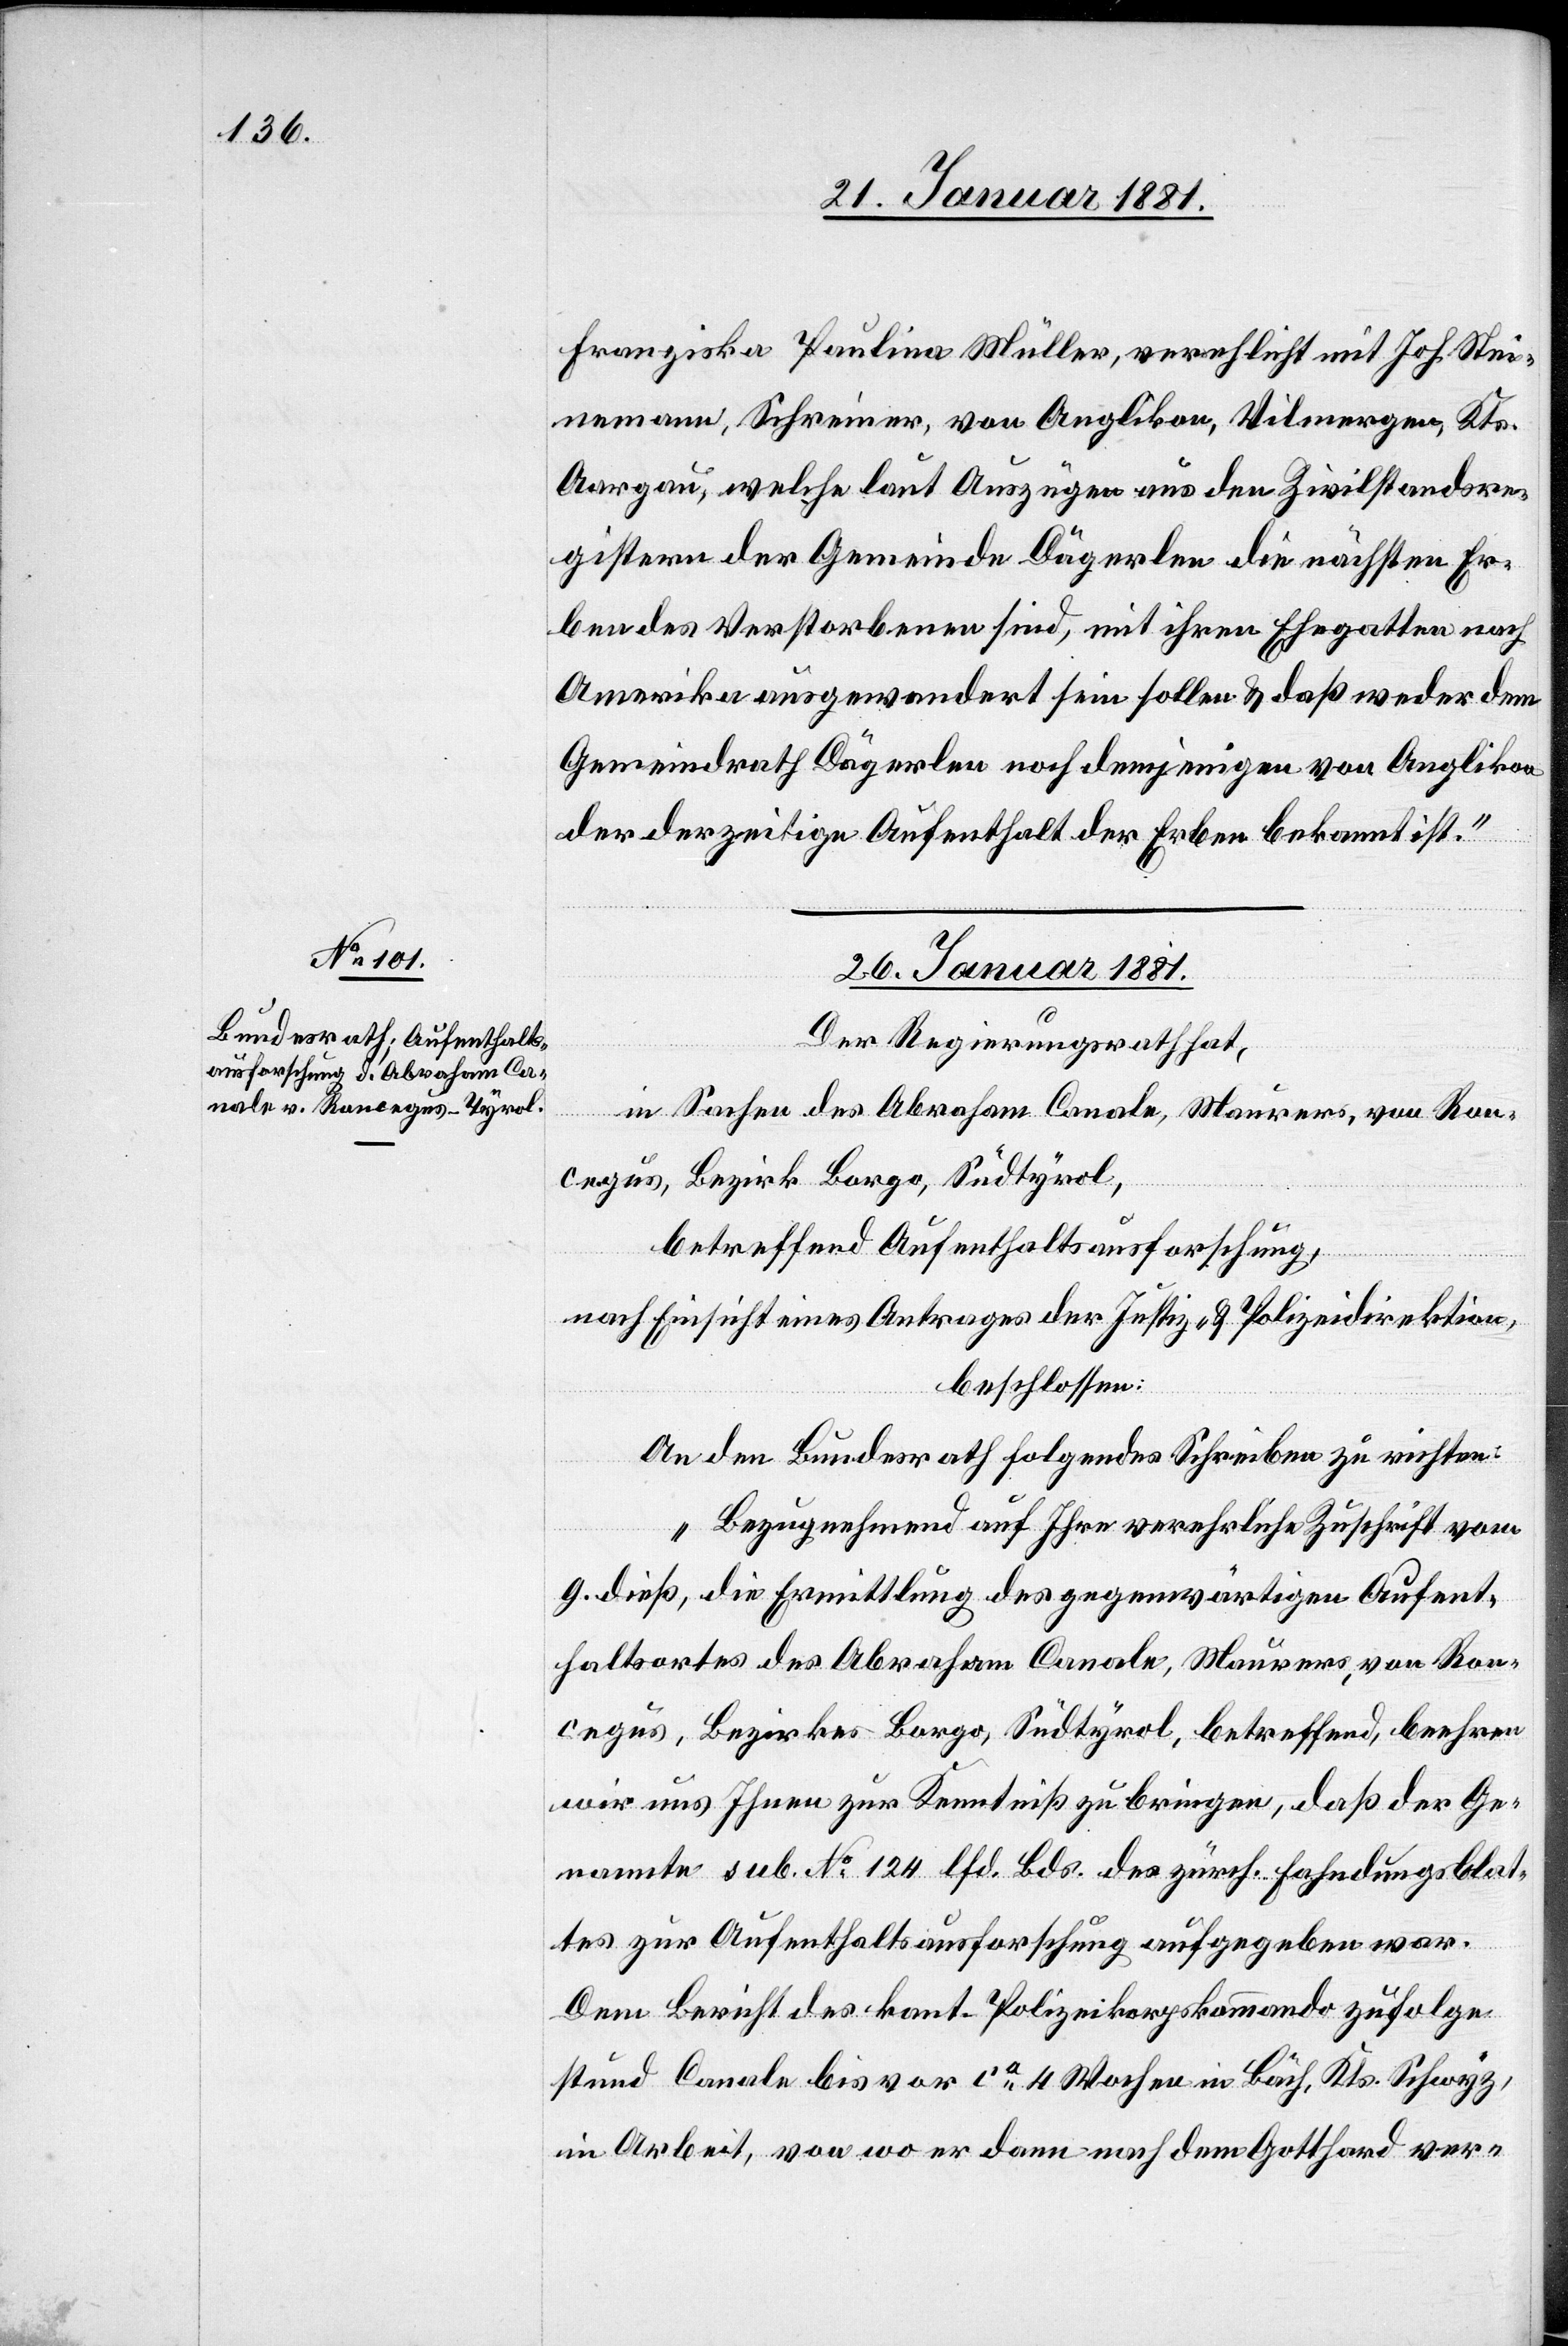
Franziska Paulina Müller, verehelicht mit Joh. Stei¬
nemann, Schreiner, von Anglikon, Vilmergen, Kts.
Aargau, welche laut Auszügen aus den Zivilstandsre¬
gistern der Gemeinde Dägerlen die nächsten Er¬
ben des Verstorbenen sind, mit ihren Ehegatten nach
Amerika ausgewandert sein sollen & daß weder dem
Gemeindrath Dägerlen noch demjenigen von Anglikon
der derzeitige Aufenthalt der Erben bekannt ist.“
26. Januar 1881.
Der Regierungsrath hat,
in Sachen des Abraham Canale, Maurers, von Ron¬
cegus, Bezirk Borgo, Südtyrol,
betreffend Aufenthaltsausforschung,
nach Einsicht eines Antrages der Justiz- & Polizeidirektion,
beschlossen:
An den Bundesrath folgendes Schreiben zu richten:
„Bezugnehmend auf Ihre verehrliche Zuschrift vom
9. dieß, die Ermittlung des gegenwärtigen Aufent¬
haltsortes des Abraham Canale, Maurers, von Ron¬
cegus, Bezirk Borgo, Südtyrol, betreffend, beehren
wir uns Ihnen zur Kenntniß zu bringen, daß der Ge¬
nannte sub. No 124 lfd. Bds. des zürch. Fahndungsblat¬
tes zur Aufenthaltsausforschung aufgegeben war.
Dem Bericht des kant. Polizeikorpskommando zufolge
stund Canale bis vor ca 4 Wochen in Bäch, Kts. Schwyz,
in Arbeit, von wo er dann nach dem Gotthard ver-